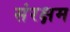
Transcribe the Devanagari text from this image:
संरक्षम